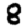
Digit: 8